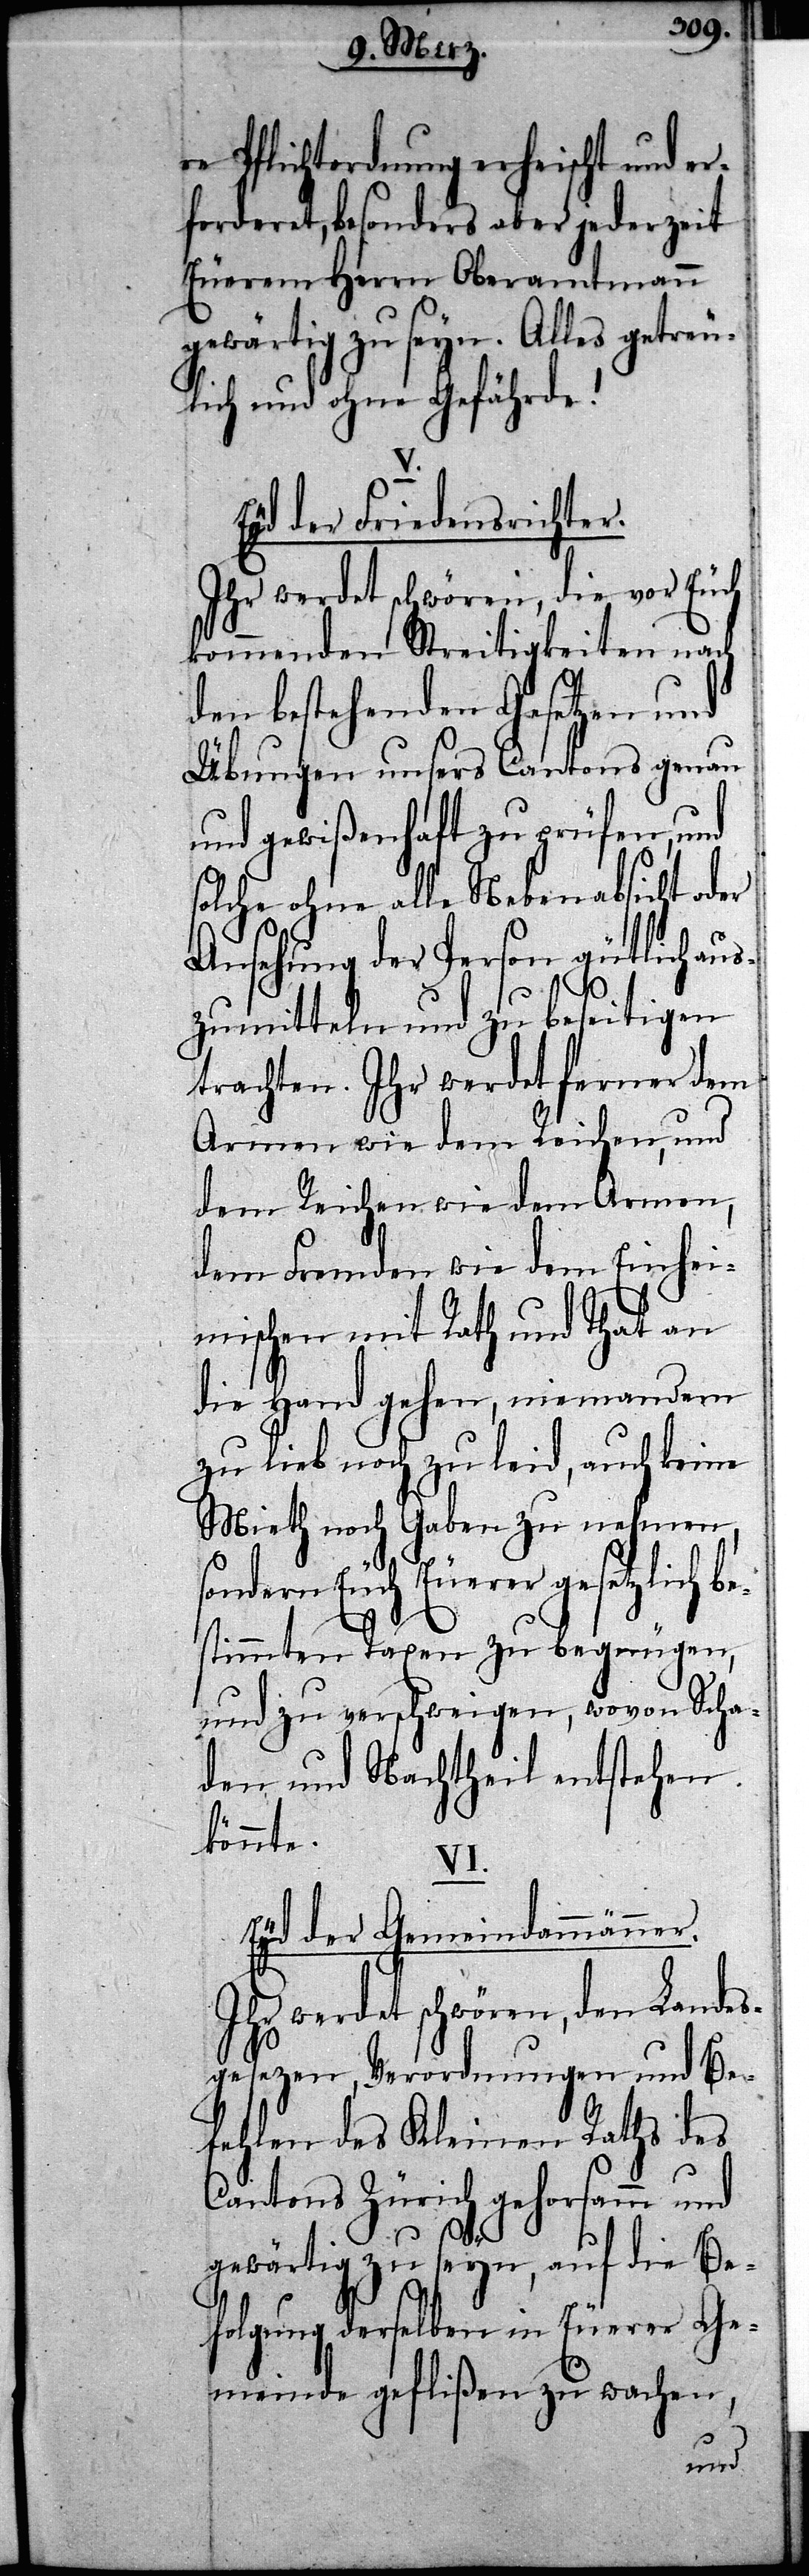
re Pflichtordnung erheischt und er¬
forderet, besonders aber jederzeit
Euerem Herrn Oberamtmann
gewärtig zu seyn. Alles getreu¬
lich und ohne Gefährde!
Eyd der Friedensrichter.
Ihr werdet schwören, die vor Euch
kommenden Streitigkeiten nach
den bestehenden Gesetzen und
Übungen unsers Cantons genau
und gewißenhaft zu prüfen, und
solche ohne alle Nebenabsicht oder
Ansehung der Person gütlich aus¬
zumitteln und zu beseitigen
trachten. Ihr werdet ferner dem
Armen wie dem Reichen, und
dem Reichen wie dem Armen,
dem Fremden wie dem Einhei¬
mischen mit Rath und That an
die Hand gehen, niemandem
zu lieb noch zu leid, auch keine
Mieth noch Gaben zu nehmen,
sondern Euch Euerer gesetzlich b¬
estimmten Taxen zu begnügen,
und zu verschweigen, wovon Scha¬
den und Nachtheil entstehen
könnte.
VI.
Eyd der Gemeindammänner.
Ihr werdet schwören, den Landes¬
gesezen, Verordnungen und Be¬
fehlen des Kleinen Raths des
Cantons Zürich gehorsamm und
gewärtig zu seyn, auf die Be¬
folgung derselben in Euerer Ge¬
meinde geflißen zu wachen,